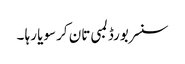
سنسر بورڈ لمبی تان کر سویا رہا ۔